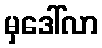
မှဒေါ်လာ